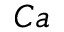
C a